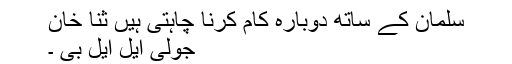
سلمان کے ساتھ دوبارہ کام کرنا چاہتی ہیں ثنا خان
جولی ایل ایل بی ۔